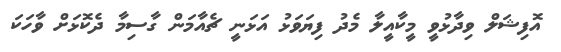
އޮފިޝަލް ވިދާޅުވީ މީކާއީލާ މެދު ފިޔަވަޅު އަޅަނީ ޗެއާމަން ގާސިމާ ދެކޮޅަށް ވާހަކަ